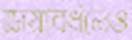
জয়াবর্ধনেও